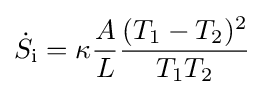
{\dot {S}}_{\text{i}}=\kappa {\frac {A}{L}}{\frac {(T_{1}-T_{2})^{2}}{T_{1}T_{2}}}